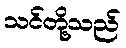
သင်တို့သည်